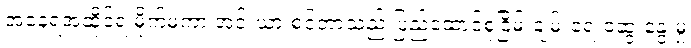
အနေရအထိုင်ရ မိုက်မဲကာ အင်းယားစင်တာသည် ပြည်ထောင်စုငြိမ်းချမ်းရေးဆွေးနွေးမှု